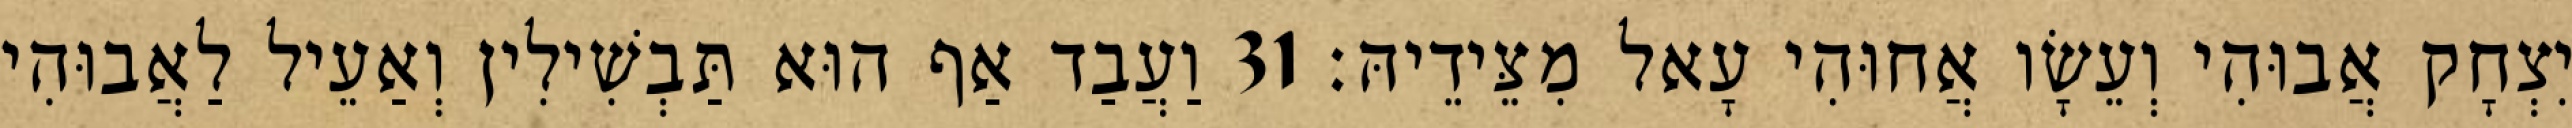
יִצְחָק אֲבוּהִי וְעֵשָׂו אֲחוּהִי עָאל מִצֵּידֵיהּ׃ 31 וַעֲבַד אַף הוּא תַּבְשִׁילִין וְאַעֵיל לַאֲבוּהִי